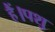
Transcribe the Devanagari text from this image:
हैं।पशु